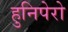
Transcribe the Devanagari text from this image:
हुनिपेरो